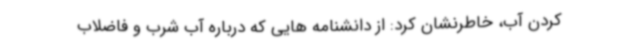
کردن آب، خاطرنشان کرد: از دانشنامه هایی که درباره آب شرب و فاضلاب